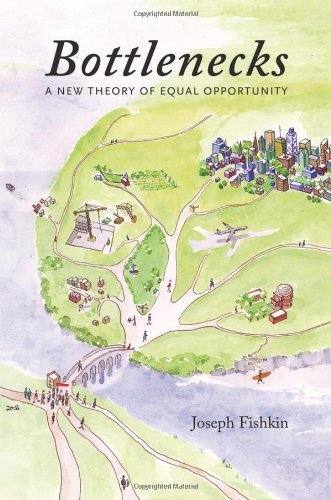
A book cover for Bottlenecks: A New Theory of Equal Opportunity; Joseph Fishkin; Law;